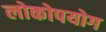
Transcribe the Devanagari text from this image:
लोकोपयोग